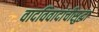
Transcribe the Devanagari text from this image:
वादविवादांचीसुद्धा